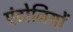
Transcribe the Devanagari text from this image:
एंटोनियों